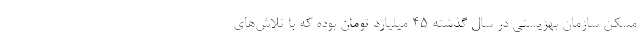
مسکن سازمان بهزیستی در سال گذشته ۴۵ میلیارد تومان بوده که با تلاش‌های